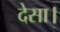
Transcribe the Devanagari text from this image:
देसा।